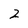
Character: 2